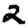
Digit: 2